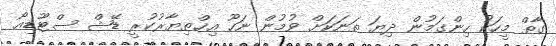
ގާތް މީހަކު ހިންގަމުން ދިޔަ ތަނަކަށް ވުމުން ނަހޫ އިޚްތިޔާރުކުރީ ޑޭޝް ސްޓޫޑިއޯ